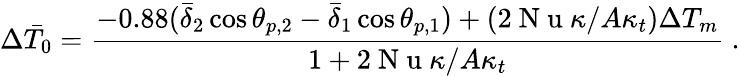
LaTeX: \Delta\bar{T}_{0}=\frac{-0.88(\bar{\delta}_{2}\cos\theta_{p,2}-\bar{\delta}_{1}\cos\theta_{p,1})+(2\mathrm{~N~u~}\kappa/A\kappa_{t})\Delta T_{m}}{1+2\mathrm{~N~u~}\kappa/A\kappa_{t}}\ .